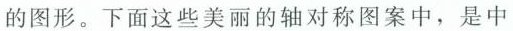
的图形。下面这些美丽的轴对称图案中，是中